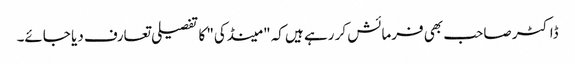
ڈاکٹر صاحب بھی فرمائش کر رہے ہیں کہ "مینڈکی" کا تفصیلی تعارف دیا جائے۔